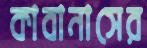
কাবানাসের